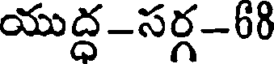
యుద్ధ-సర్గ-68